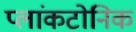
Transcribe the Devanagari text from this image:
प्लांकटोनिक